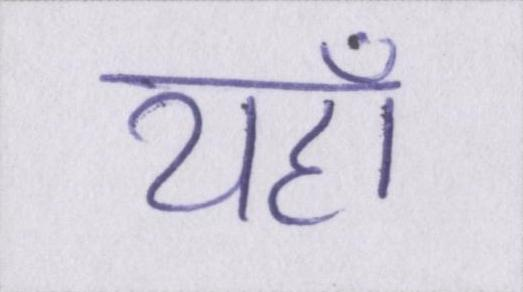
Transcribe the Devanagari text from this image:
यहाँ